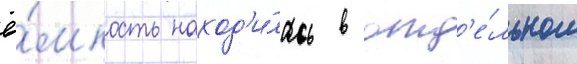
ё́мкость наход'и́лась в отд'е́льном